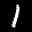
Label: 1